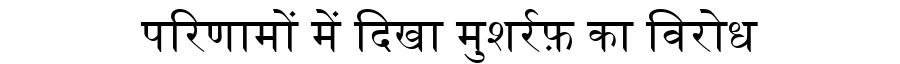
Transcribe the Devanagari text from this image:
परिणामों में दिखा मुशर्रफ़ का विरोध